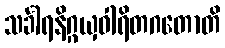
သင်္ခါရနိဂ္ဂယှဝါရိတဂတောတိ